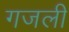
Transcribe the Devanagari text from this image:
गजली